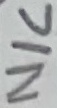
Text: N/C